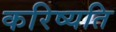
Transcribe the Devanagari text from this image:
करिष्यति